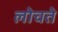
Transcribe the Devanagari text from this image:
लोचते